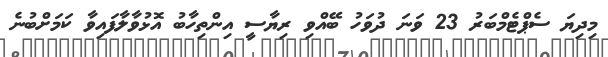
މިދިޔަ ސެޕްޓެމްބަރު 23 ވަނަ ދުވަހު ބޭއްވި ރިޔާސީ އިންތިހާބު އޮޅުވާލާފައިވާ ކަމަށްބުނެ